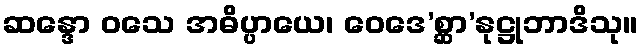
ဆန္ဒော ဝသေ အဓိပ္ပာယေ၊ ဝေဒေ’စ္ဆာ’နုဋ္ဌုဘာဒိသု။